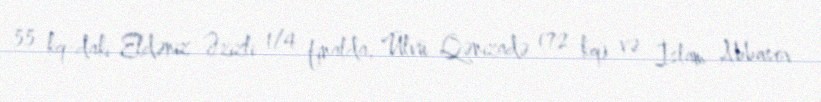
55 kq-dakı Eldəniz Əzizli 1/4 finalda, Ülvü Qənizadə (72 kq) və İslam Abbasov